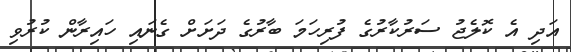
އަދި އެ ކޮލެޖު ސަރުކާރުގެ ފުރިހަމަ ބާރުގެ ދަށަށް ގެނައި ހައިރާން ކުރުވި